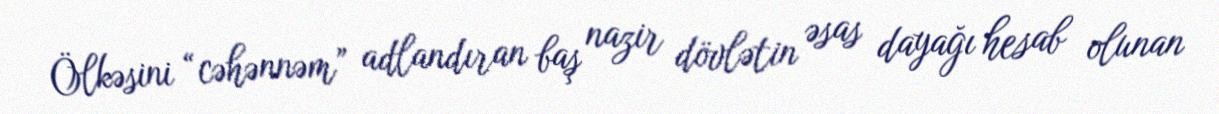
Ölkəsini “cəhənnəm” adlandıran baş nazir dövlətin əsas dayağı hesab olunan